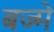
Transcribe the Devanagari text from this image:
बज्मे